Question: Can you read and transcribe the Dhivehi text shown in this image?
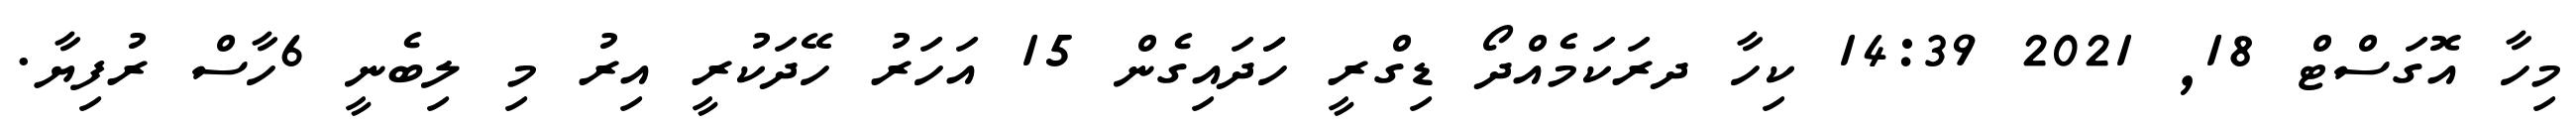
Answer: މިހާ އޮގަސްޓް 18, 2021 14:39 ކިހާ ދރަކަމެއްދޯ ޑިގްރީ ހަަދައިގެން 15 އަހަރު ހޭދަކުރީ އިރު މި ލިބެނީ 6ހާސް ރުފިޔާ.